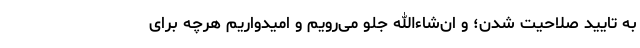
به تایید صلاحیت شدن؛ و ان‌شاءالله جلو می‌رویم و امیدواریم هرچه برای